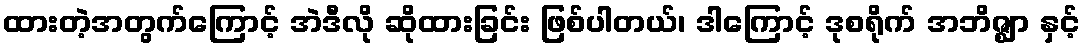
ထားတဲ့အတွက်ကြောင့် အဲဒီလို ဆိုထားခြင်း ဖြစ်ပါတယ်၊ ဒါကြောင့် ဒုစရိုက် အဘိဇ္ဈာ နှင့်